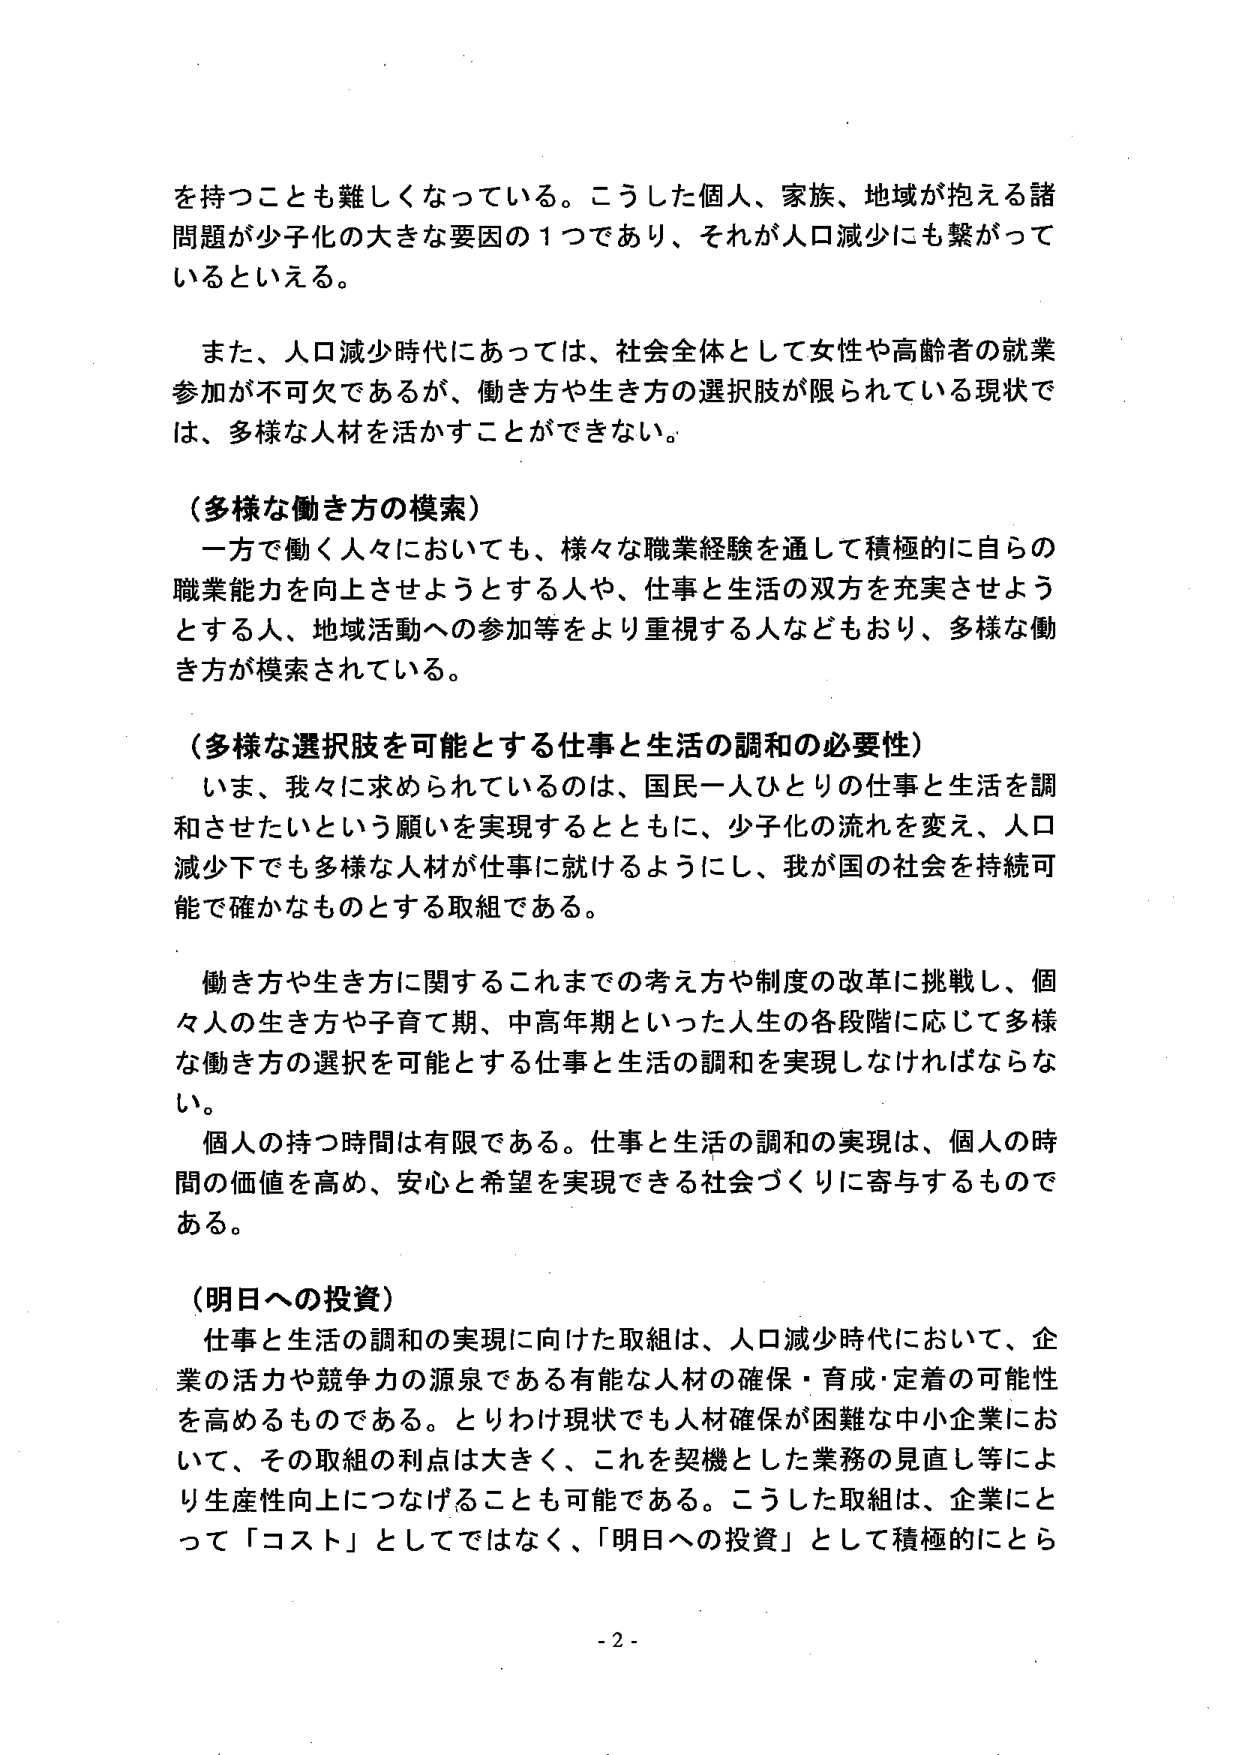
を持つことも難しくなっている。こうした個人、家族、地域が抱える諸問題が少子化の大きな要因の１つであり、それが人口減少にも繋がっているといえる。

また、人口減少時代にあっては、社会全体として女性や高齢者の就業参加が不可欠であるが、働き方や生き方の選択肢が限られている現状では、多様な人材を活かすことができない。

（多様な働き方の模索）
一方で働く人々においても、様々な職業経験を通して積極的に自らの職業能力を向上させようとする人や、仕事と生活の双方を充実させようとする人、地域活動への参加等をより重視する人などもおり、多様な働き方が模索されている。

（多様な選択肢を可能とする仕事と生活の調和の必要性）
いま、我々に求められているのは、国民一人ひとりの仕事と生活を調和させたいという願いを実現するとともに、少子化の流れを変え、人口減少下でも多様な人材が仕事に就けるようにし、我が国の社会を持続可能で確かなものとする取組である。

働き方や生き方に関するこれまでの考え方や制度の改革に挑戦し、個人の生き方や子育て期、中高年期といった人生の各段階に応じて多様な働き方の選択を可能とする仕事と生活の調和を実現しなければならない。
個人の持つ時間は有限である。仕事と生活の調和の実現は、個人の時間の価値を高め、安心と希望を実現できる社会づくりに寄与するものである。

（明日への投資）
仕事と生活の調和の実現に向けた取組は、人口減少時代において、企業の活力や競争力の源泉である有能な人材の確保・育成・定着の可能性を高めるものである。とりわけ現状でも人材確保が困難な中小企業において、その取組の利点は大きく、これを契機とした業務の見直し等により生産性向上につなげることも可能である。こうした取組は、企業にとって「コスト」としてではなく、「明日への投資」として積極的にとら

- 2 -